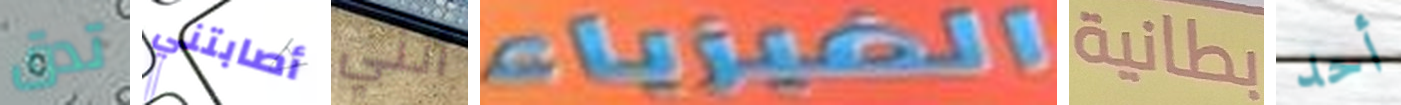
تدق أصابتني أنني الفيزياء بطانية أحد